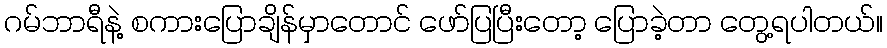
ဂမ်ဘာရီနဲ့ စကားပြောချိန်မှာတောင် ဖော်ပြပြီးတော့ ပြောခဲ့တာ တွေ့ရပါတယ်။